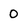
Character: 0